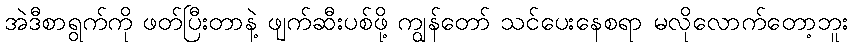
အဲဒီစာရွက်ကို ဖတ်ပြီးတာနဲ့ ဖျက်ဆီးပစ်ဖို့ ကျွန်တော် သင်ပေးနေစရာ မလိုလောက်တော့ဘူး